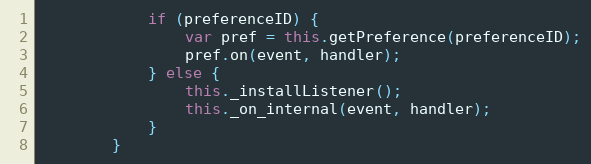
Language: JavaScript
            if (preferenceID) {
                var pref = this.getPreference(preferenceID);
                pref.on(event, handler);
            } else {
                this._installListener();
                this._on_internal(event, handler);
            }
        }